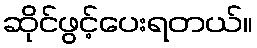
ဆိုင်ဖွင့်ပေးရတယ်။